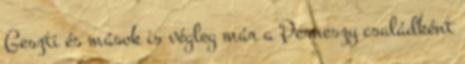
Geszti és mások is végleg már a Perneszy családként